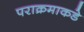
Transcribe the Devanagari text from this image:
पराक्रमाकडे